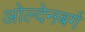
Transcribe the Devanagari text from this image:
ओल्देनबर्ग